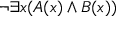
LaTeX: \neg \exists x ( A ( x ) \land B ( x ) )